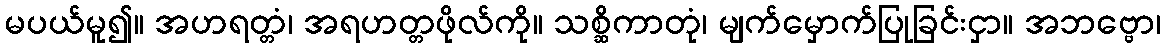
မပယ်မူ၍။ အဟရတ္တံ၊ အရဟတ္တဖိုလ်ကို။ သစ္ဆိကာတုံ၊ မျက်မှောက်ပြုခြင်းငှာ။ အဘဗ္ဗော၊